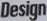
Design